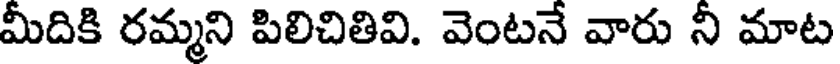
మీదికి రమ్మని పిలిచితివి. వెంటనే వారు ని మాట